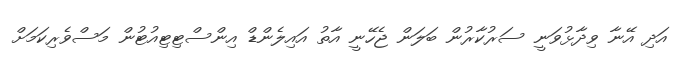
އަދި އޭނާ ވިދާޅުވަނީ ސަރުކާރުން ބަލަން ޖެހޭނީ އާތު އައިލެންޑް އިންސްޓިޓިއުޓުން މަސްވެރިކަމަށް